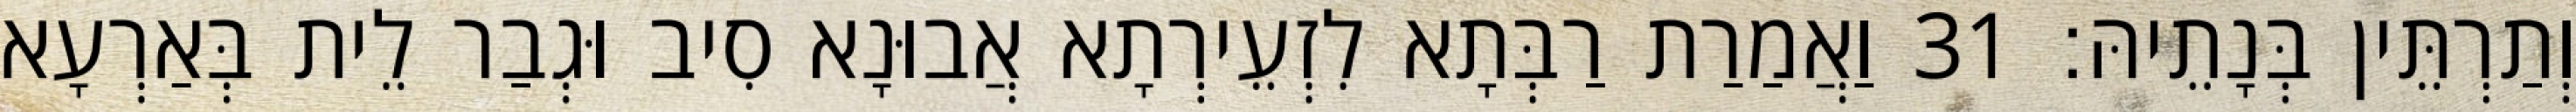
וְתַרְתֵּין בְּנָתֵיהּ׃ 31 וַאֲמַרַת רַבְּתָא לִזְעֵירְתָא אֲבוּנָא סִיב וּגְבַר לֵית בְּאַרְעָא